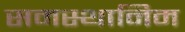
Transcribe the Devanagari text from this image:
समस्थानिम